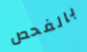
بالفحص